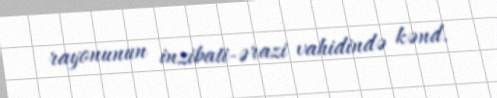
rayonunun inzibati-ərazi vahidində kənd.